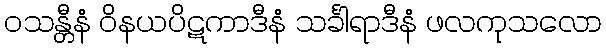
ဝသန္တီနံ ဝိနယပိဋကာဒီနံ သင်္ခါရာဒီနံ ဖလကုသလော